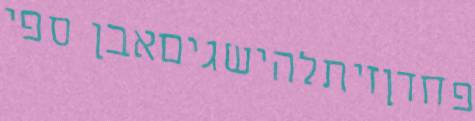
פחדןזיתלהישגיםאבן ספי